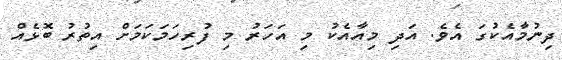
ދިނުމާއެކުގަ އެވެ. އަދި މިއާއެކު މި އަހަރު މި ފުރިހަމަކަމަށް އިތުރު ބޮޅެއް